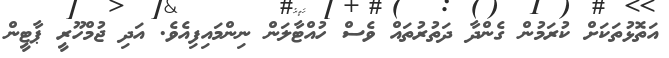
އަތޮޅުތަކަށް ކުރަމުން ގެންދާ ދަތުރުތައް ވެސް ހުއްޓާލަން ނިންމައިފިއެވެ. އަދި ޖުމްހޫރީ ޕާޓީން